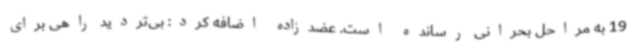
19 به مراحل بحرانی رسانده است. عضدزاده اضافه کرد: بی‌تردید راهی برای